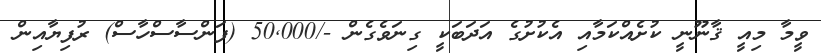
ވީމާ މިއީ ޤާނޫނީ ކުށެއްކަމާއި އެކުށުގެ އަދަބަކީ ގިނަވެގެން -/50